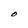
Character: O